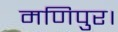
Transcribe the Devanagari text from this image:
मणिपुर।